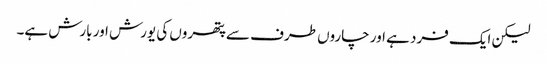
لیکن ایک فرد ہے اور چاروں طرف سے پتھروں کی یورش اور بارش ہے۔